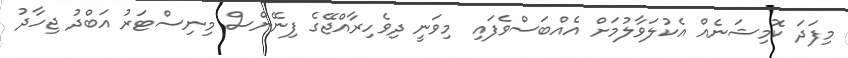
މިފަދަ ކޮމިޝަނެއް އެކުލަވާލުމަށް އެއްބަސްވެފައި މިވަނީ ދިވެހިރާއްޖޭގެ ފިނޭންސް މިނިސްޓަރު އަބްދު ޖިހާދު